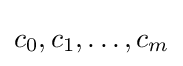
c_{0},c_{1},\ldots ,c_{m}